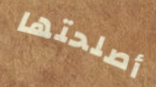
أصلحتها